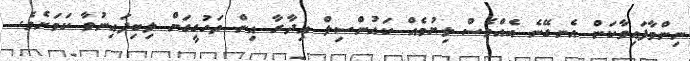
ނިންމާފައިވާކަން އެނގޭނެ އެއްވެސް ލިޔުމެއް ކައުންސިލް އިދާރާ އިން ތަހުގީގަށް ލިބިފައިނުވާ ކަމަށެވެ.